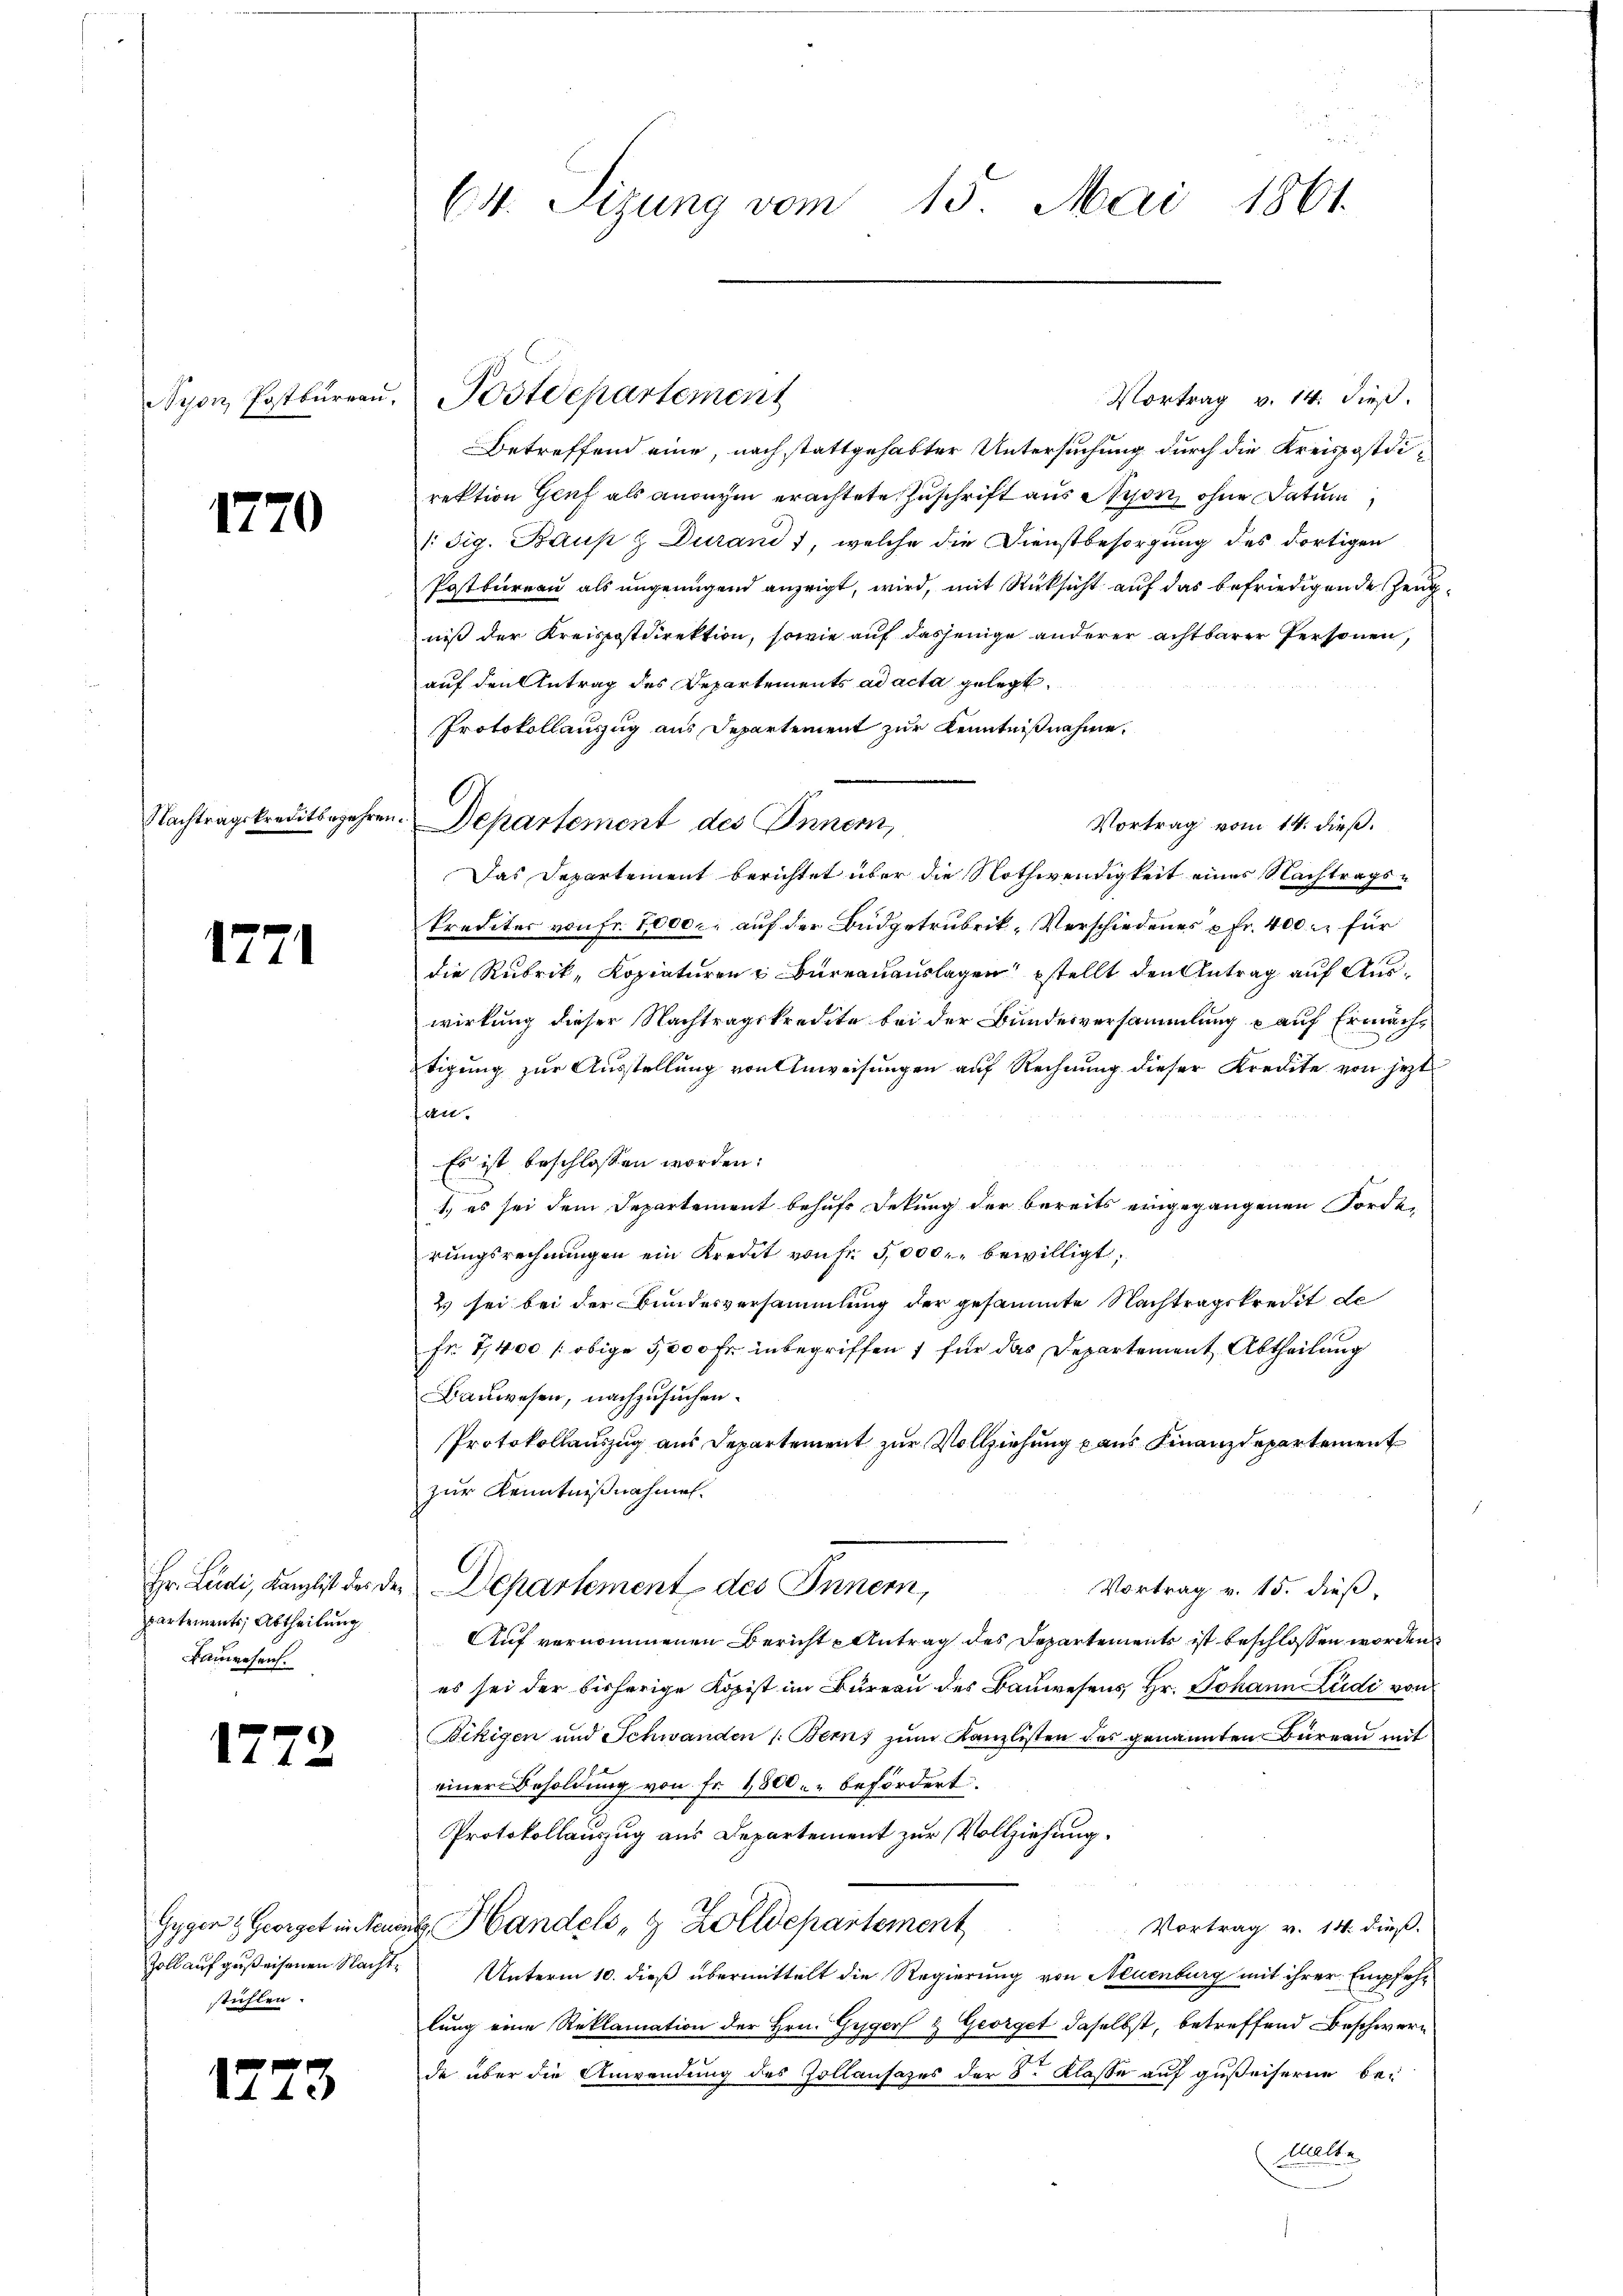
Nyon, Postbureau

1770

Nachtragskreditbegehr

1771

partements, Abtheilung
Bauwesen.

1772

Gyger & Georget in Neue
stühlen.

17

3

64. Sizung vom 15. Mai 1861

u. Postdepartement

Vortrag v. 14. dieß.
Betreffend eine, nach stattgehabter Untersuchung durch die Kreispostdirektion Genf als anonym erachtete Zuschrift aus Nyon, ohne Datum
1Sig. Baup & Durand, welche die Dienstbesorgung des dortigen
Postbureau als ungenügend anzeigt, wird, mit Rücksicht auf das befriedigende Zeugniß der Kreispostdirektion, sowie auf dasjenige anderer achtbarer Personen,
auf den Antrag des Departements ad acta gelegt
Protokollauszug aus Departement zur Kenntnißnahme.
Departement des Innern,
Vortrag vom 14. dieß.
Das Departement berichtet über die Nothwendigkeit eines Nachtrags-
kredites von Fr. 7000. auf der Budgetrubrik, Verschiedenes u Fr. 400 l. für
die Rubrik, Kopiaturen & Bureauauslagen stellt den Antrag auf Auswirkung dieser Nachtragskredite bei der Bundesversammlung auf Ermächtigung zur Ausstellung von Anweisungen auf Rechnung dieser Kredite von jetzt
fan.
Es ist beschlossen worden:
1.) es sei dem Departement behufs Dekung der bereits eingegangenen Forde
rŭngsrechnŭngen ein Kredit von Fr. 5000. bewilligt,
Es sei bei der Bundesversammlung der gesammte Nachtragskredit de
Fr. 7,400 / obige 5,000 Fr. inbegriffen, für das Departement Abtheilung
Bauwesen, nachzusuchen.
Protokollauszug aus Departement zur Vollziehung aus Finanzdepartement
zur Kenntnißnahmen.
Hr. Ludi, damit des der Departement des Innern,
Vortrag v. 15. dieß,
Auf vernommenen Bericht Antrag des Departements ist beschlossen worden
es sei der bisherige Kopist im Büreau des Bauwesens, Hr. Johann Ludi von
Bekigen und Schwanden /: Berns zum Kanzlisten des genannten Büreau mit
einer Besoldung von Fr. 1800. befördert.
Protokollauszug aus Departement zur Vollziehung.
ag Handels- & Zolldepartement
Vortrag v. 14. dieß.
Zoll auf gußeisenen Nacht. Unterm 10. dieß übermittelt die Regierung von Neuenburg mit ihrer Empfehlung eine Reklamation der Hrn. Gyger & Georget daselbst, betreffend Beschwere
de über die Anwendung des Zollansazes der 3. Klasse auf gußeiserne be¬
Celle